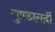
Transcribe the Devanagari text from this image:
गुण्डागर्दी